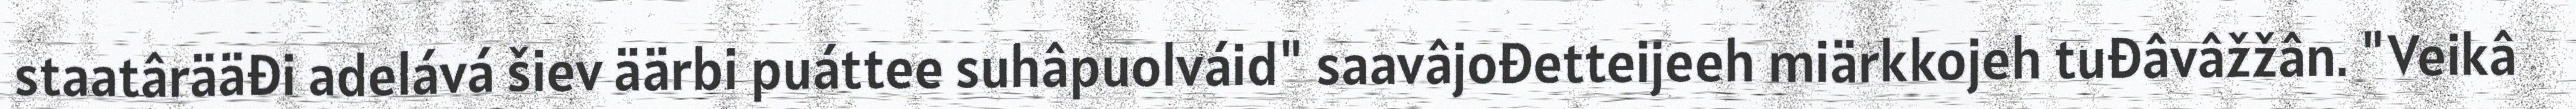
staatârääđi adelává šiev äärbi puáttee suhâpuolváid" saavâjođetteijeeh miärkkojeh tuđâvâžžân. "Veikâ